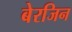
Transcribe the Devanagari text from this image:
बेरजिन